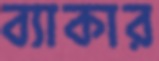
ব্যাকার